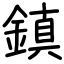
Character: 鎮